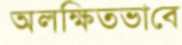
অলক্ষিতভাবে